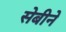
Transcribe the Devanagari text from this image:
सेबीने